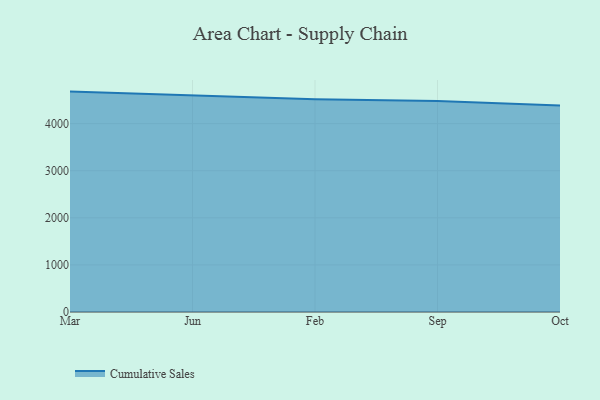
{"axis": {"x": "Month", "y": "Page Views"}, "legend": ["Cumulative Sales"], "data": [{"x": "Mar", "y": 4679.6, "type": "Cumulative Sales"}, {"x": "Jun", "y": 4594.5, "type": "Cumulative Sales"}, {"x": "Feb", "y": 4517.6, "type": "Cumulative Sales"}, {"x": "Sep", "y": 4481.9, "type": "Cumulative Sales"}, {"x": "Oct", "y": 4386.6, "type": "Cumulative Sales"}]}